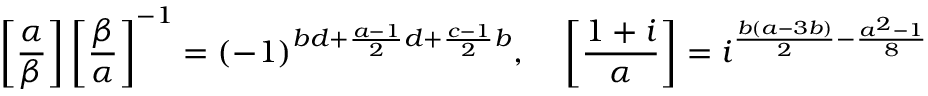
\left[ { \frac { \alpha } { \beta } } \right] \left[ { \frac { \beta } { \alpha } } \right] ^ { - 1 } = ( - 1 ) ^ { b d + { \frac { a - 1 } { 2 } } d + { \frac { c - 1 } { 2 } } b } , \; \; \; \; \left[ { \frac { 1 + i } { \alpha } } \right] = i ^ { { \frac { b ( a - 3 b ) } { 2 } } - { \frac { a ^ { 2 } - 1 } { 8 } } }